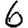
Digit: 6